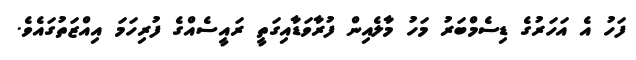
ފަހު އެ އަހަރުގެ ޑިސެމްބަރު މަހު މާލެއިން ފުރާވަޑާއިގަތީ ރައީސެއްގެ ފުރިހަމަ އިއްޒަތުގައެވެ.